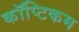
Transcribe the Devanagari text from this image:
कॉप्टिकम